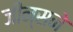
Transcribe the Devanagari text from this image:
जीन्सने